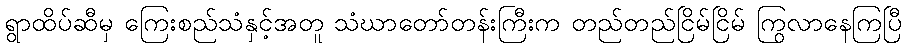
ရွာထိပ်ဆီမှ ကြေးစည်သံနှင့်အတူ သံဃာတော်တန်းကြီးက တည်တည်ငြိမ်ငြိမ် ကြွလာနေကြပြီ